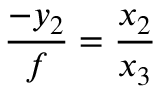
{ \frac { - y _ { 2 } } { f } } = { \frac { x _ { 2 } } { x _ { 3 } } }